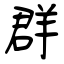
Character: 群